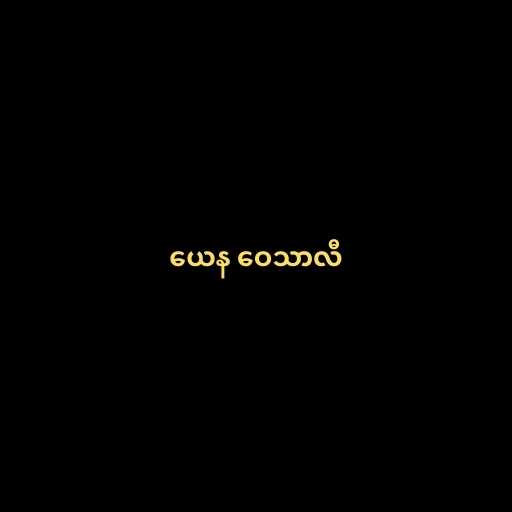
ယေန ဝေသာလီ